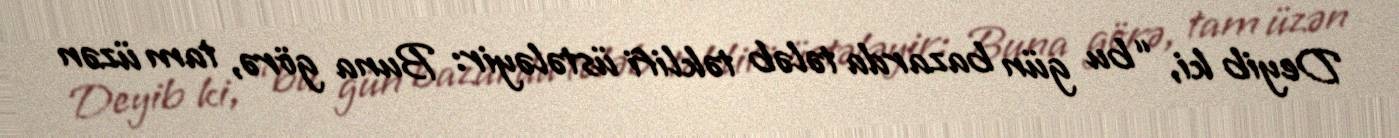
Deyib ki, “bu gün bazarda tələb təklifi üstələyir: Buna görə, tam üzən